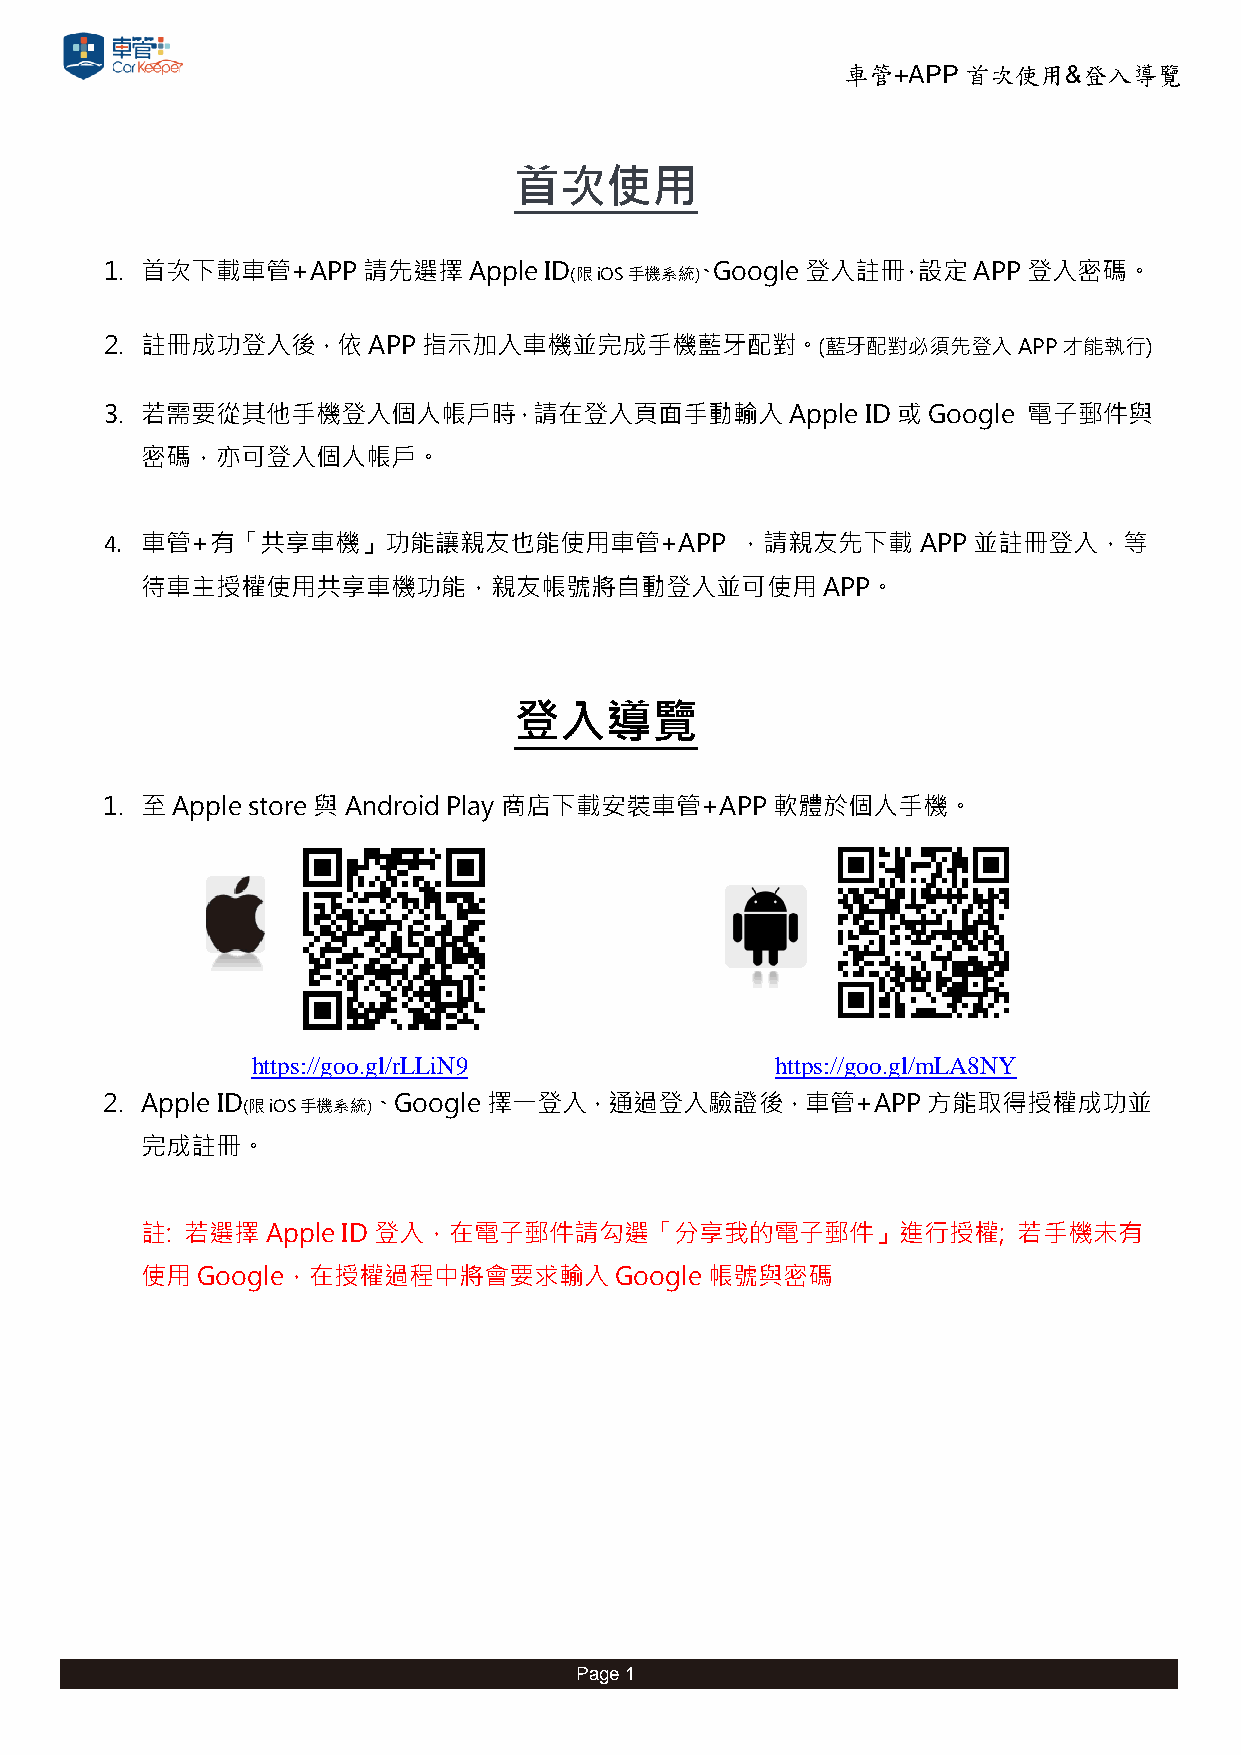
車管+APP  首次使用&登入導覽
 首次使用
 1. 首次下載車管+APP請先選擇Apple       ID (限iOS手機系統、
 )
 Google登入註冊，設定APP登入密碼。
 2. 註冊成功登入後，依APP      指示加入車機並完成手機藍牙配對。(藍牙配對必須先登入APP才能執行)
 3. 若需要從其他手機登入個人帳戶時，請在登入頁面手動輸入                Apple ID 或Google 電子郵件與
 密碼，亦可登入個人帳戶。
 4. 車管+有「共享車機」功能讓親友也能使用車管+APP              ，請親友先下載     APP並註冊登入，等
 待車主授權使用共享車機功能，親友帳號將自動登入並可使用                  APP。
 登入導覽
 1. 至 Apple store 與Android Play 商店下載安裝車管+APP軟體於個人手機。
 https://goo.gl/rLLiN9             https://goo.gl/mLA8NY
 2. Apple ID (限iOS手機系統)、Google 擇一登入，通過登入驗證後，車管+APP方能取得授權成功並
 完成註冊。
 註: 若選擇Apple   ID 登入，在電子郵件請勾選「分享我的電子郵件」進行授權;               若手機未有
 使用  Google，在授權過程中將會要求輸入         Google 帳號與密碼
 Page 1